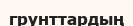
грунттардың